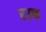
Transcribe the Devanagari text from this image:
रउफ